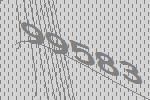
99583